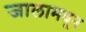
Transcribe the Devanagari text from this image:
जालामधून